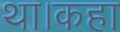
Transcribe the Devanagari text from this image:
था।कहा